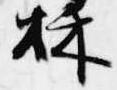
秋